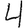
Digit: 4